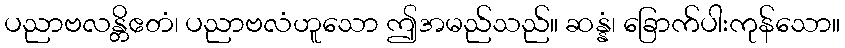
ပညာဗလန္တိဧတံ၊ ပညာဗလံဟူသော ဤအမည်သည်။ ဆန္နံ၊ ခြောက်ပါးကုန်သော။